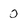
Character: 0